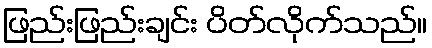
ဖြည်းဖြည်းချင်း ပိတ်လိုက်သည်။